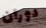
دوران